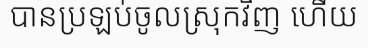
បានប្រឡប់ចូលស្រុកវិញ ហើយ